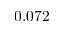
0 . 0 7 2